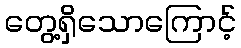
တွေ့ရှိသောကြောင့်